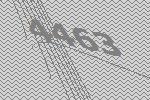
4463